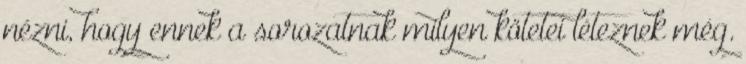
nézni, hogy ennek a sorozatnak milyen kötetei léteznek még.